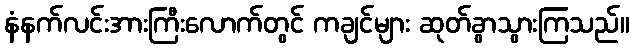
နံနက်လင်းအားကြီးလောက်တွင် ကချင်များ ဆုတ်ခွာသွားကြသည်။